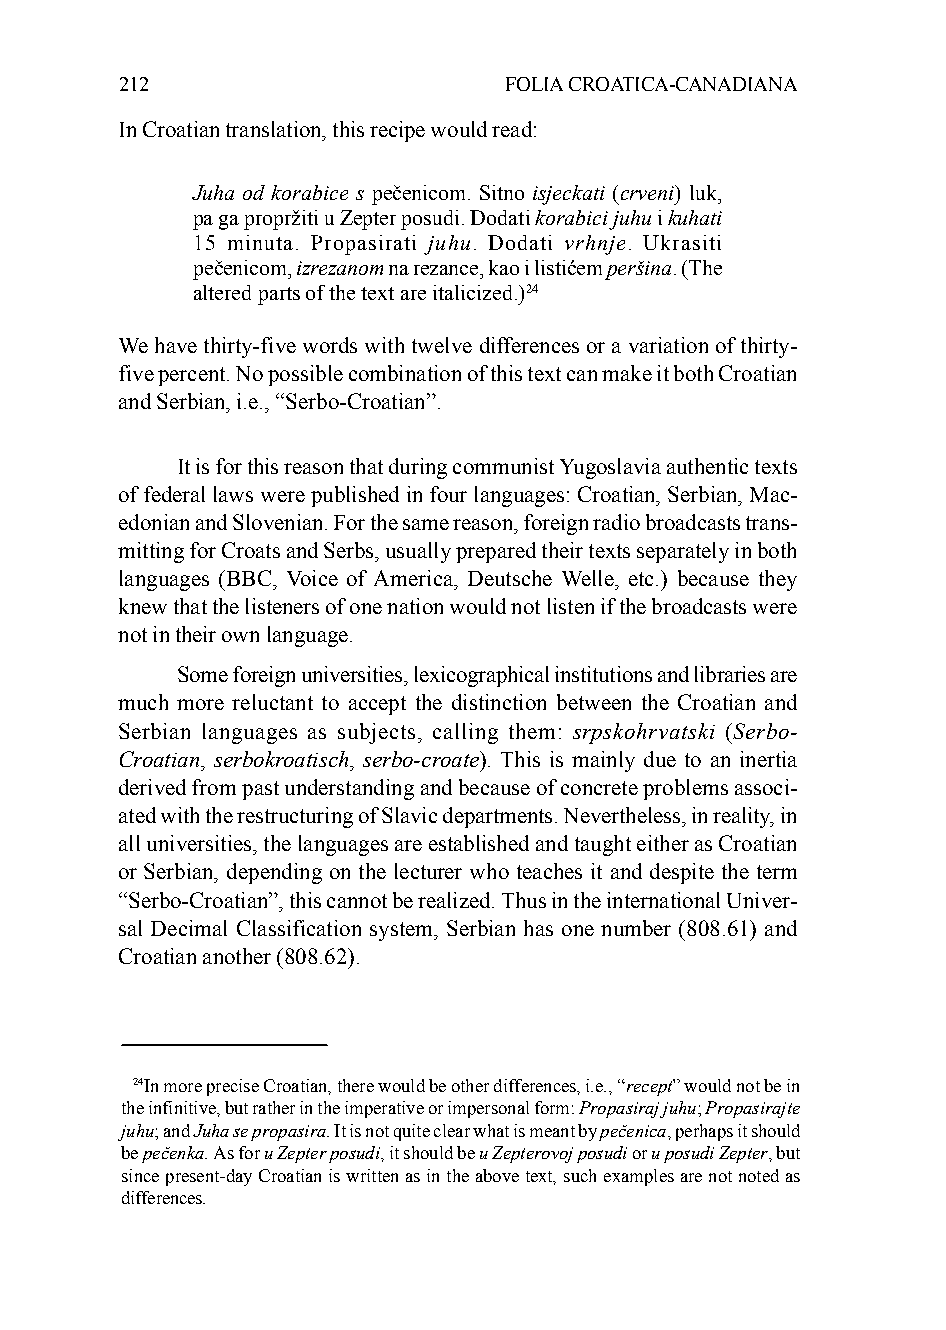
212                      FOLIA CROATICA-CANADIANA
 In Croatian translation, this recipe would read:
 Juha od korabice s pečenicom. Sitno isjeckati (crveni) luk,
 pa ga propržiti u Zepter posudi. Dodati korabici juhu i kuhati
 15 minuta. Propasirati juhu. Dodati vrhnje. Ukrasiti
 pečenicom, izrezanom na rezance, kao i listićem peršina. (The
 altered parts of the text are italicized.)24
 We have thirty-five words with twelve differences or a variation of thirty-
 five percent. No possible combination of this text can make it both Croatian
 and Serbian, i.e., “Serbo-Croatian”.
 It is for this reason that during communist Yugoslavia authentic texts
 of federal laws were published in four languages: Croatian, Serbian, Mac-
 edonian and Slovenian. For the same reason, foreign radio broadcasts trans-
 mitting for Croats and Serbs, usually prepared their texts separately in both
 languages (BBC, Voice of America, Deutsche Welle, etc.) because they
 knew that the listeners of one nation would not listen if the broadcasts were
 not in their own language.
 Some foreign universities, lexicographical institutions and libraries are
 much more reluctant to accept the distinction between the Croatian and
 Serbian languages as subjects, calling them: srpskohrvatski (Serbo-
 Croatian, serbokroatisch, serbo-croate). This is mainly due to an inertia
 derived from past understanding and because of concrete problems associ-
 ated with the restructuring of Slavic departments. Nevertheless, in reality, in
 all universities, the languages are established and taught either as Croatian
 or Serbian, depending on the lecturer who teaches it and despite the term
 “Serbo-Croatian”, this cannot be realized. Thus in the international Univer-
 sal Decimal Classification system, Serbian has one number (808.61) and
 Croatian another (808.62).
 24In more precise Croatian, there would be other differences, i.e., “recept” would not be in
 the infinitive, but rather in the imperative or impersonal form: Propasiraj juhu; Propasirajte
 juhu; and Juha se propasira. It is not quite clear what is meant by pečenica, perhaps it should
 be pečenka. As for u Zepter posudi, it should be u Zepterovoj posudi or u posudi Zepter, but
 since present-day Croatian is written as in the above text, such examples are not noted as
 differences.